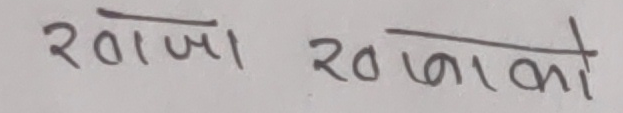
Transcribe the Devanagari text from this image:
रोजा रोज्ञाको